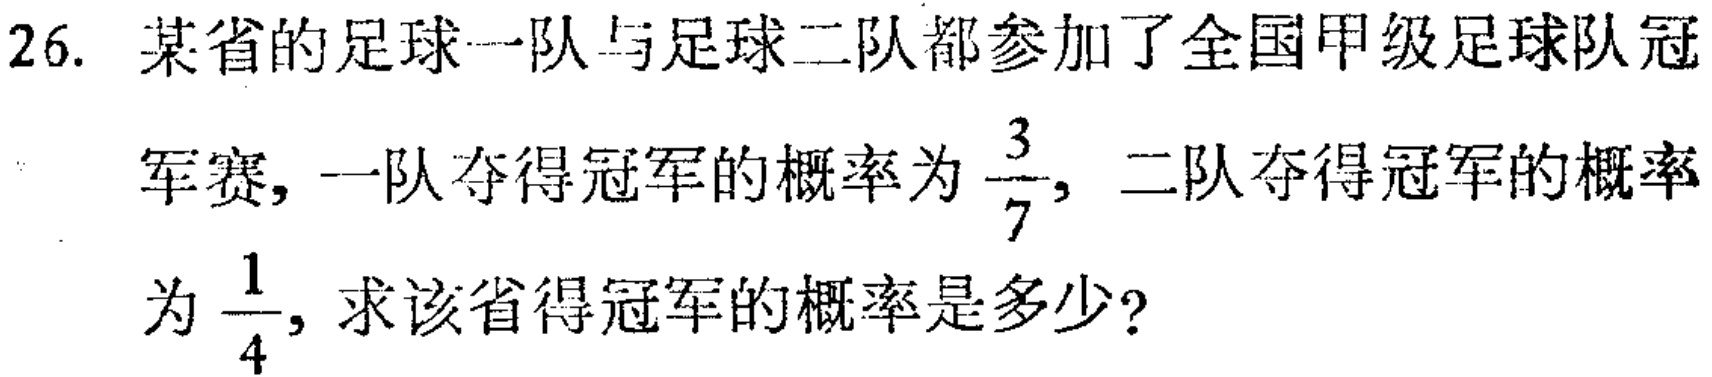
26. 某省的足球一队与足球二队都参加了全国甲级足球队冠军赛，一队夺得冠军的概率为$\frac{3}{7}$，二队夺得冠军的概率为$\frac{1}{4}$，求该省得冠军的概率是多少？